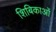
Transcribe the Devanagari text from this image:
शिबिकाओं